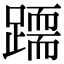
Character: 𨅲